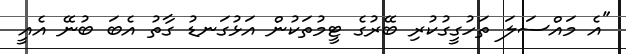
"އެ މައްސަލަ ތަހުގީގުކުރި ބޭރުގެ ޓީމުތަކުން އަޅުގަނޑު ގާތު އެބަ ބުނޭ އެއީ